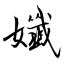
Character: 孅